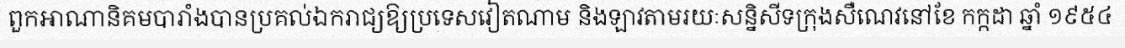
ពួកអាណានិគមបារាំងបានប្រគល់ឯករាជ្យឱ្យប្រទេសវៀតណាម និងឡាវតាមរយៈសន្និសីទក្រុងសឺណេវនៅខែ កក្កដា ឆ្នាំ ១៩៥៤